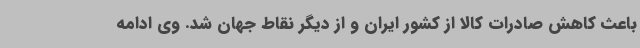
باعث کاهش صادرات کالا از کشور ایران و از دیگر نقاط جهان شد. وی ادامه